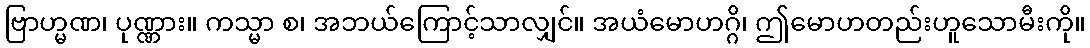
ဗြာဟ္မဏ၊ ပုဏ္ဏား။ ကသ္မာ စ၊ အဘယ်ကြောင့်သာလျှင်။ အယံမောဟဂ္ဂိ၊ ဤမောဟတည်းဟူသောမီးကို။